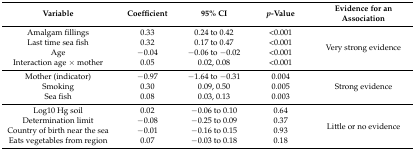
| Variable | Coefficient | 95% CI | p-Value | Evidence for an Association |
 | --- | --- | --- | --- | --- |
 | Amalgam fillings | 0.33 | 0.24 to 0.42 | <0.001 | <ROWSPAN=4> Very strong evidence |
 | Last time sea fish | 0.32 | 0.17 to 0.47 | <0.001 |
 | Age | −0.04 | −0.06 to −0.02 | <0.001 |
 | Interaction age × mother | 0.05 | 0.02, 0.08 | <0.001 |
 | Mother (indicator) | −0.97 | −1.64 to −0.31 | 0.004 | <ROWSPAN=3> Strong evidence |
 | Smoking | 0.30 | 0.09, 0.50 | 0.005 |
 | Sea fish | 0.08 | 0.03, 0.13 | 0.003 |
 | Log10 Hg soil | 0.02 | −0.06 to 0.10 | 0.64 | <ROWSPAN=4> Little or no evidence |
 | Determination limit | −0.08 | −0.25 to 0.09 | 0.37 |
 | Country of birth near the sea | −0.01 | −0.16 to 0.15 | 0.93 |
 | Eats vegetables from region | 0.07 | −0.03 to 0.18 | 0.18 |